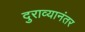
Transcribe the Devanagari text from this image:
दुराव्यानंतर